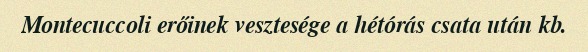
Montecuccoli erőinek vesztesége a hétórás csata után kb.